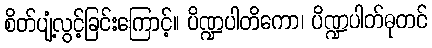
စိတ်ပျံ့လွင့်ခြင်းကြောင့်။ ပိဏ္ဍပါတိကော၊ ပိဏ္ဍပါတ်ဓုတင်